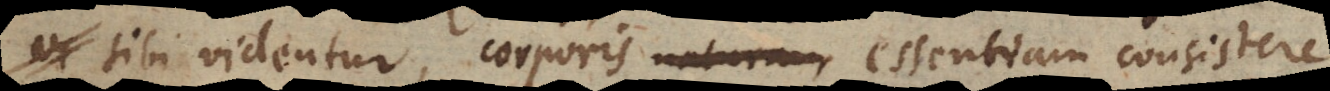
sibi videntur, corporis naturam essentiam consistere